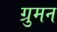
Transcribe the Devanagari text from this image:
ग्रुमन